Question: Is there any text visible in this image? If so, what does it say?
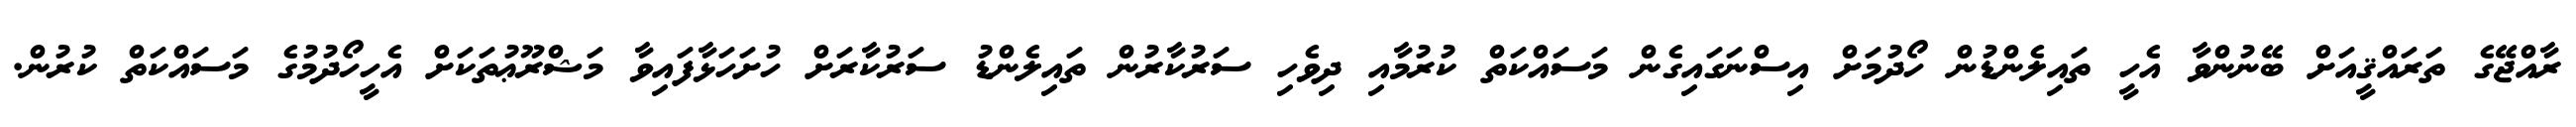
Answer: ރާއްޖޭގެ ތަރައްޤީއަށް ބޭނުންވާ އެހީ ތައިލެންޑުން ހޯދުމަށް އިސްނަގައިގެން މަސައްކަތް ކުރުމާއި ދިވެހި ސަރުކާރުން ތައިލެންޑު ސަރުކާރަށް ހުށަހަޅާފައިވާ މަޝްރޫޢުތަކަށް އެހީހޯދުމުގެ މަސައްކަތް ކުރުން.